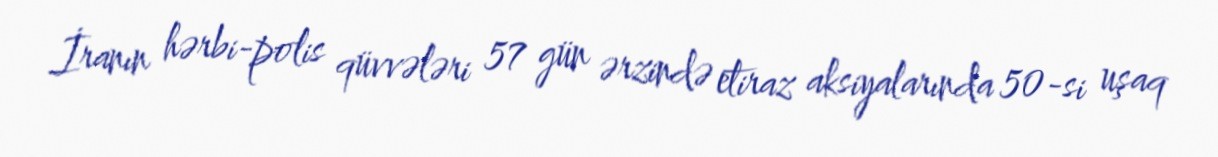
İranın hərbi-polis qüvvələri 57 gün ərzində etiraz aksiyalarında 50-si uşaq